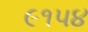
૯૧૫૪